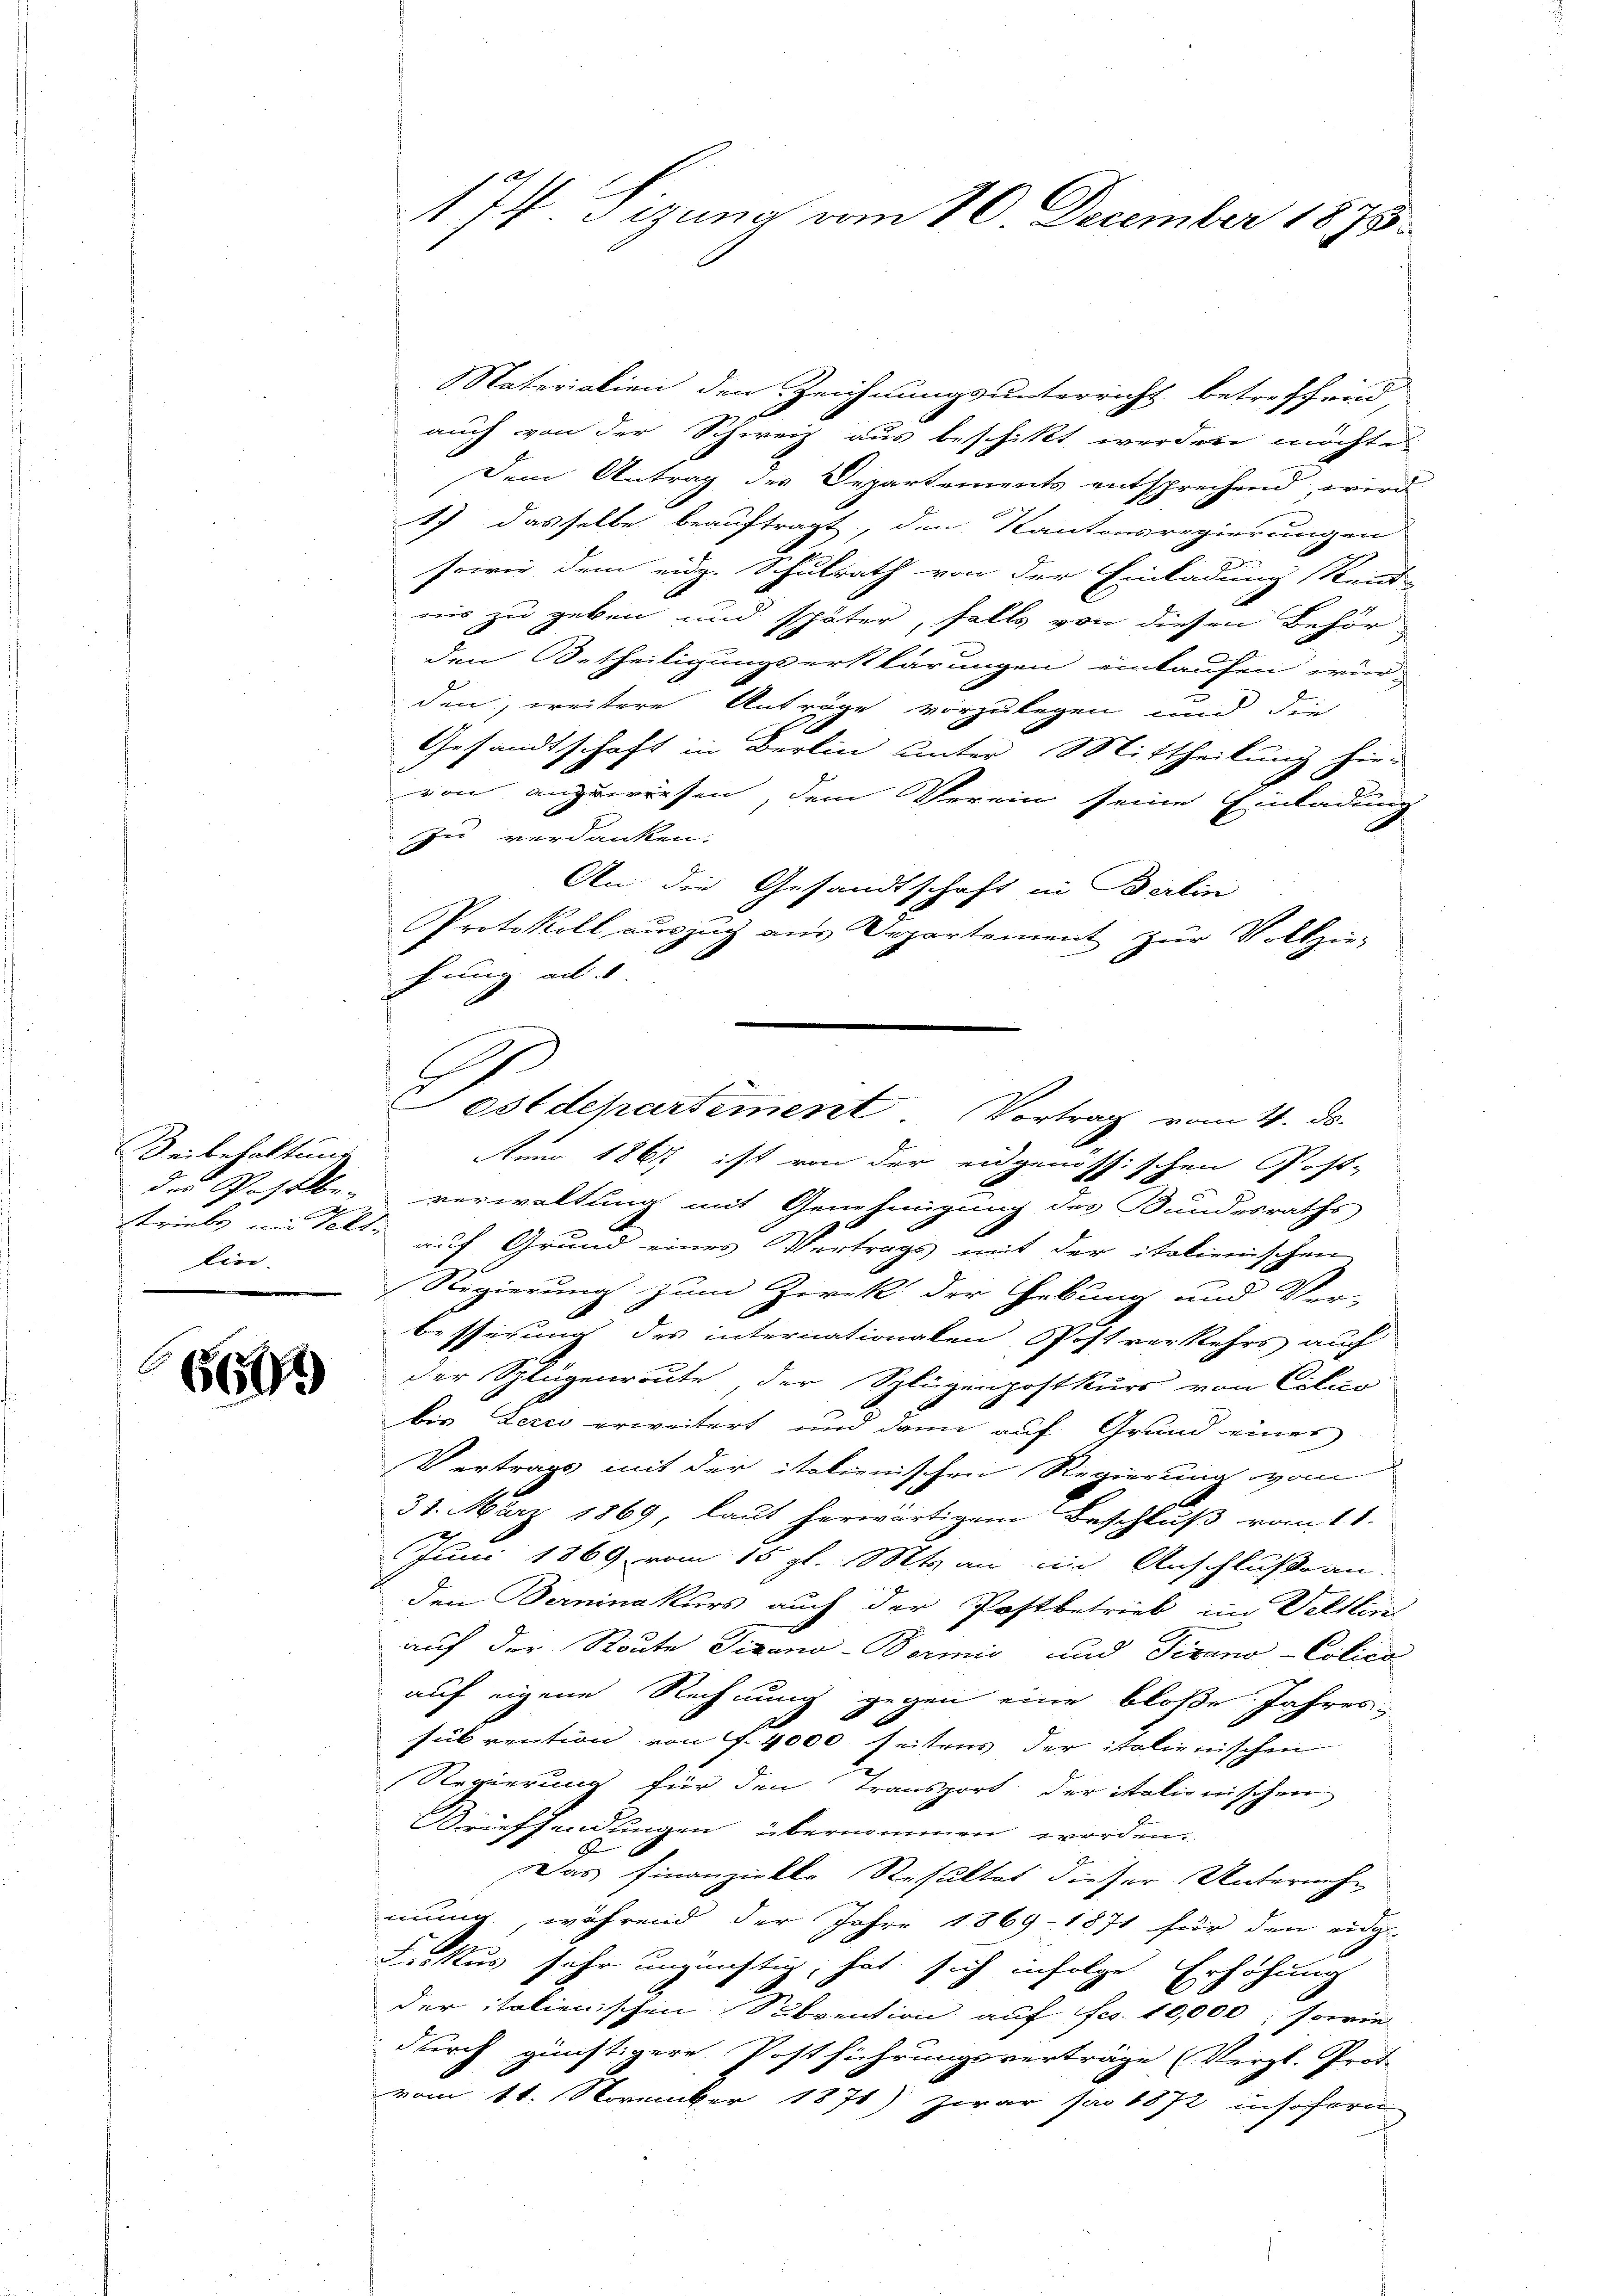
lin.
.

664

Naterialien den Zeichnungsunterricht betreffend
auch von der Schweiz aus beschickt werden möchte
Dem Antrag des Departements entsprechend, wird
17 dasselbe beauftragt, den Kantonsregierungen
sowie dem eidg. Schulrath von der Einladung Kund-
nis zu geben und später, falls von diesen Behör
den Betheiligungserklärungen einkaufen würden, weitere Anträge vorzulegen und die
Gesandtschaft in Berlin unter Mittheilung hier
von anzuwiesen, dem Verein seine Einladung
Zu verdanken.
An die Gesandtschaft in Berlin
Protokoll auszug aus Departement zur Vollzie-
hung an
Beibehaltung Anno 1867 ist von der eidgenössischen Post-
des Poselben verwaltung mit Genehmigung des Bundesraths
striebe im Telt, auf Grund eines Vertrags mit der italienischen
Regierung zum Zwek der Hebung und Ver-
besserung des internationalen Postverkehrs auch
der Splügenroute, der Splügenpostkurs von Cilio
bis Zerio erweitert und dann auf Grund eines
Vertrags mit der italienischen Regierung vom
31. März 1869, laut herwärtigem Beschluß vom 11.
Juni 1869 vom 15. gl. Mts. an im Anschluße an.
den Berninakurs auch der Postbetrieb im Veltlin
auf der Route Vigano-Bormio und Tirano-Colico
auf eigene Rechnung gegen eine bloße Jahres-
sübrention von f. 4000 seitens der italienischen
Regierung für den Transport der italienischen
Brieffendungen übernommen worden.
Das finanzielle Resultat dieser Unternehmung, während der Jahre 1869 - 1871 für den eidg
Froktus sehr ungünstig, hat sich infolge Erhöhung
der italienischen Subvention auf Fr. 10,000, sowie
durch günstigere Postführungsverträge (Vergl. Prot
vom 11. November 1871) Zwar pro 1872 insofern

174. Sizung vom 10. December 1875

ostdepartement Vortrag vom 4. ds.